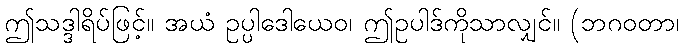
ဤသဒ္ဒါရိပ်ဖြင့်။ အယံ ဥပ္ပါဒေါယေဝ၊ ဤဥပါဒ်ကိုသာလျှင်။ (ဘဂဝတာ၊